Investigations on Bengal jail dietaries - Number 37
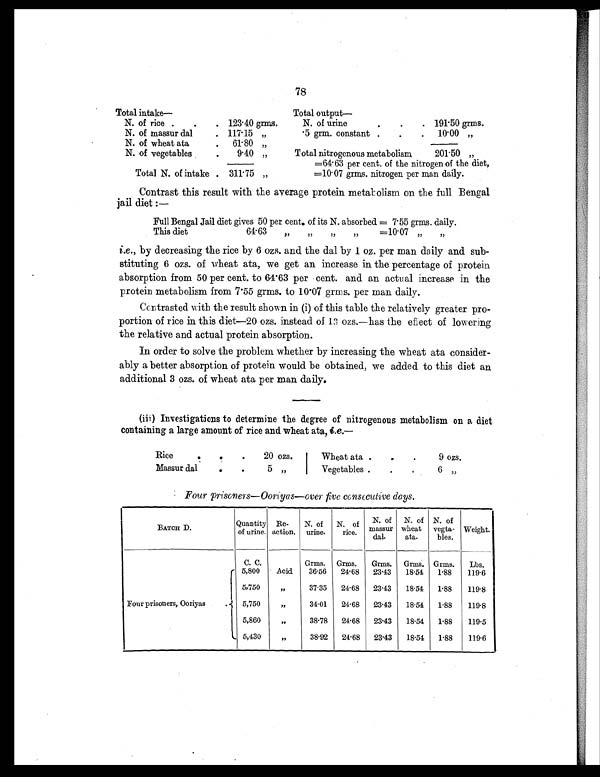
78
Total intake—
Total output
—
N. of rice .
.
. 123.40 grms.
N. of urine
.
.
. 191.50 grms.
N. of massur dal
. 117.15 „
.5 grm. constant .
.
.
10.00 „
N. of wheat ata
.
61.80 „
N. of vegetables
.
9.40 „
Total nitrogenous metabolism
201.50 „
=64.63 per cent. of the nitrogen of the diet,
=10.07 grms. nitrogen per man daily.
Total N. of intake . 311.75 „
Contrast this result with the average protein metabolism on the full Bengal
jail diet :
—
Full Bengal Jail diet gives 50 per cent. of its N. absorbed = 7.55 grms. daily.
This diet 64.63 ,, „ „ „ =10.07 „ „
i.e., by decreasing the rice by 6 ozs. and the dal by 1 oz. per man daily and sub-
stituting 6 ozs. of wheat ata, we get an increase in the percentage of protein
absorption from 50 per cent. to 64.63 per cent. and an actual increase in the
protein metabolism from 7.55 grms. to 10.07 grms. per man daily.
Contrasted with the result shown in (i) of this table the relatively greater pro-
portion of rice in this diet—20 ozs. instead of 13 ozs.—has the effect of lowering
the relative and actual protein absorption.
In order to solve the problem whether by increasing the wheat ata consider-
ably a better absorption of protein would be obtained, we added to this diet an
additional 3 ozs. of wheat ata per man daily.
(iii) Investigations to determine the degree of nitrogenous metabolism on a diet
containing a large amount of rice and wheat ata, i.e.—
Rice .
.
.
20 ozs.
Wheat ata .
. .
9 ozs.
Massur dal
.
.
5 ,,
Vegetables .
. .
6 „
Four prisoners—Ooriyas—over five consecutive days.
BATCH D.
Quantity
of urine.
Re-
action.
N. of
urine.
N. of
rice.
N. of
massur
dal.
N. of
wheat a t a .
N. of
v e g t a -
bles.
Weight.
C. C.
Grms. Grms.
Grms. Grms. Grms.
Lbs.
Four prisoners, Ooriyas .
5,800
Acid
36.56
24.68 23.43
18.54
1.88
119.6
5,750
„
37.35 24.68 23.43
18.54
1.88
119.8
5,750
„
34.01
24.68 23.43
18.54 1.88
119.8
5,860
„
38.78
24.68
23.43
18.54
1.88
119.5
5,430
„
38.92
24.68
23.43
18.54
1.88
119.6